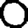
Digit: 0